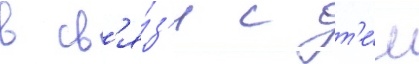
в св'я́з'и с т'е́м